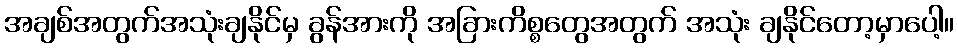
အချစ်အတွက်အသုံးချနိုင်မှ ခွန်အားကို အခြားကိစ္စတွေအတွက် အသုံး ချနိုင်တော့မှာပေါ့။